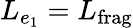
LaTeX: L_{e_{1}}=L_{\mathrm{frag}}